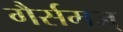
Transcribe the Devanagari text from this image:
गैर्समज्